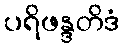
ပရိဖန္ဒတိဒံ